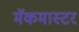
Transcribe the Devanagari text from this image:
मॅकमास्टर